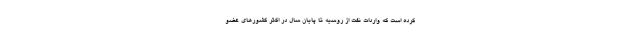
کرده است که واردات نفت از روسیه تا پایان سال در اکثر کشورهای عضو